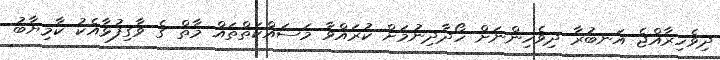
ދިވެހިރާއްޖެ އަނބުރާ ދިވެހިންނަށް ހޯދާދިނުމަށް ކުރައްވާ މަސައްކަތްތައް މާތް ގެ ވާގިފުޅާއެކު ކާމިޔާބު